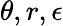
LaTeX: \theta,r,\epsilon